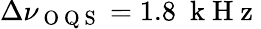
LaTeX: \Delta\nu_{\mathrm{~O~Q~S~}}=1.8~\mathrm{~k~H~z~}